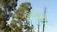
હબૂક